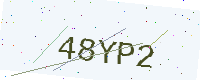
Text: 48YP2